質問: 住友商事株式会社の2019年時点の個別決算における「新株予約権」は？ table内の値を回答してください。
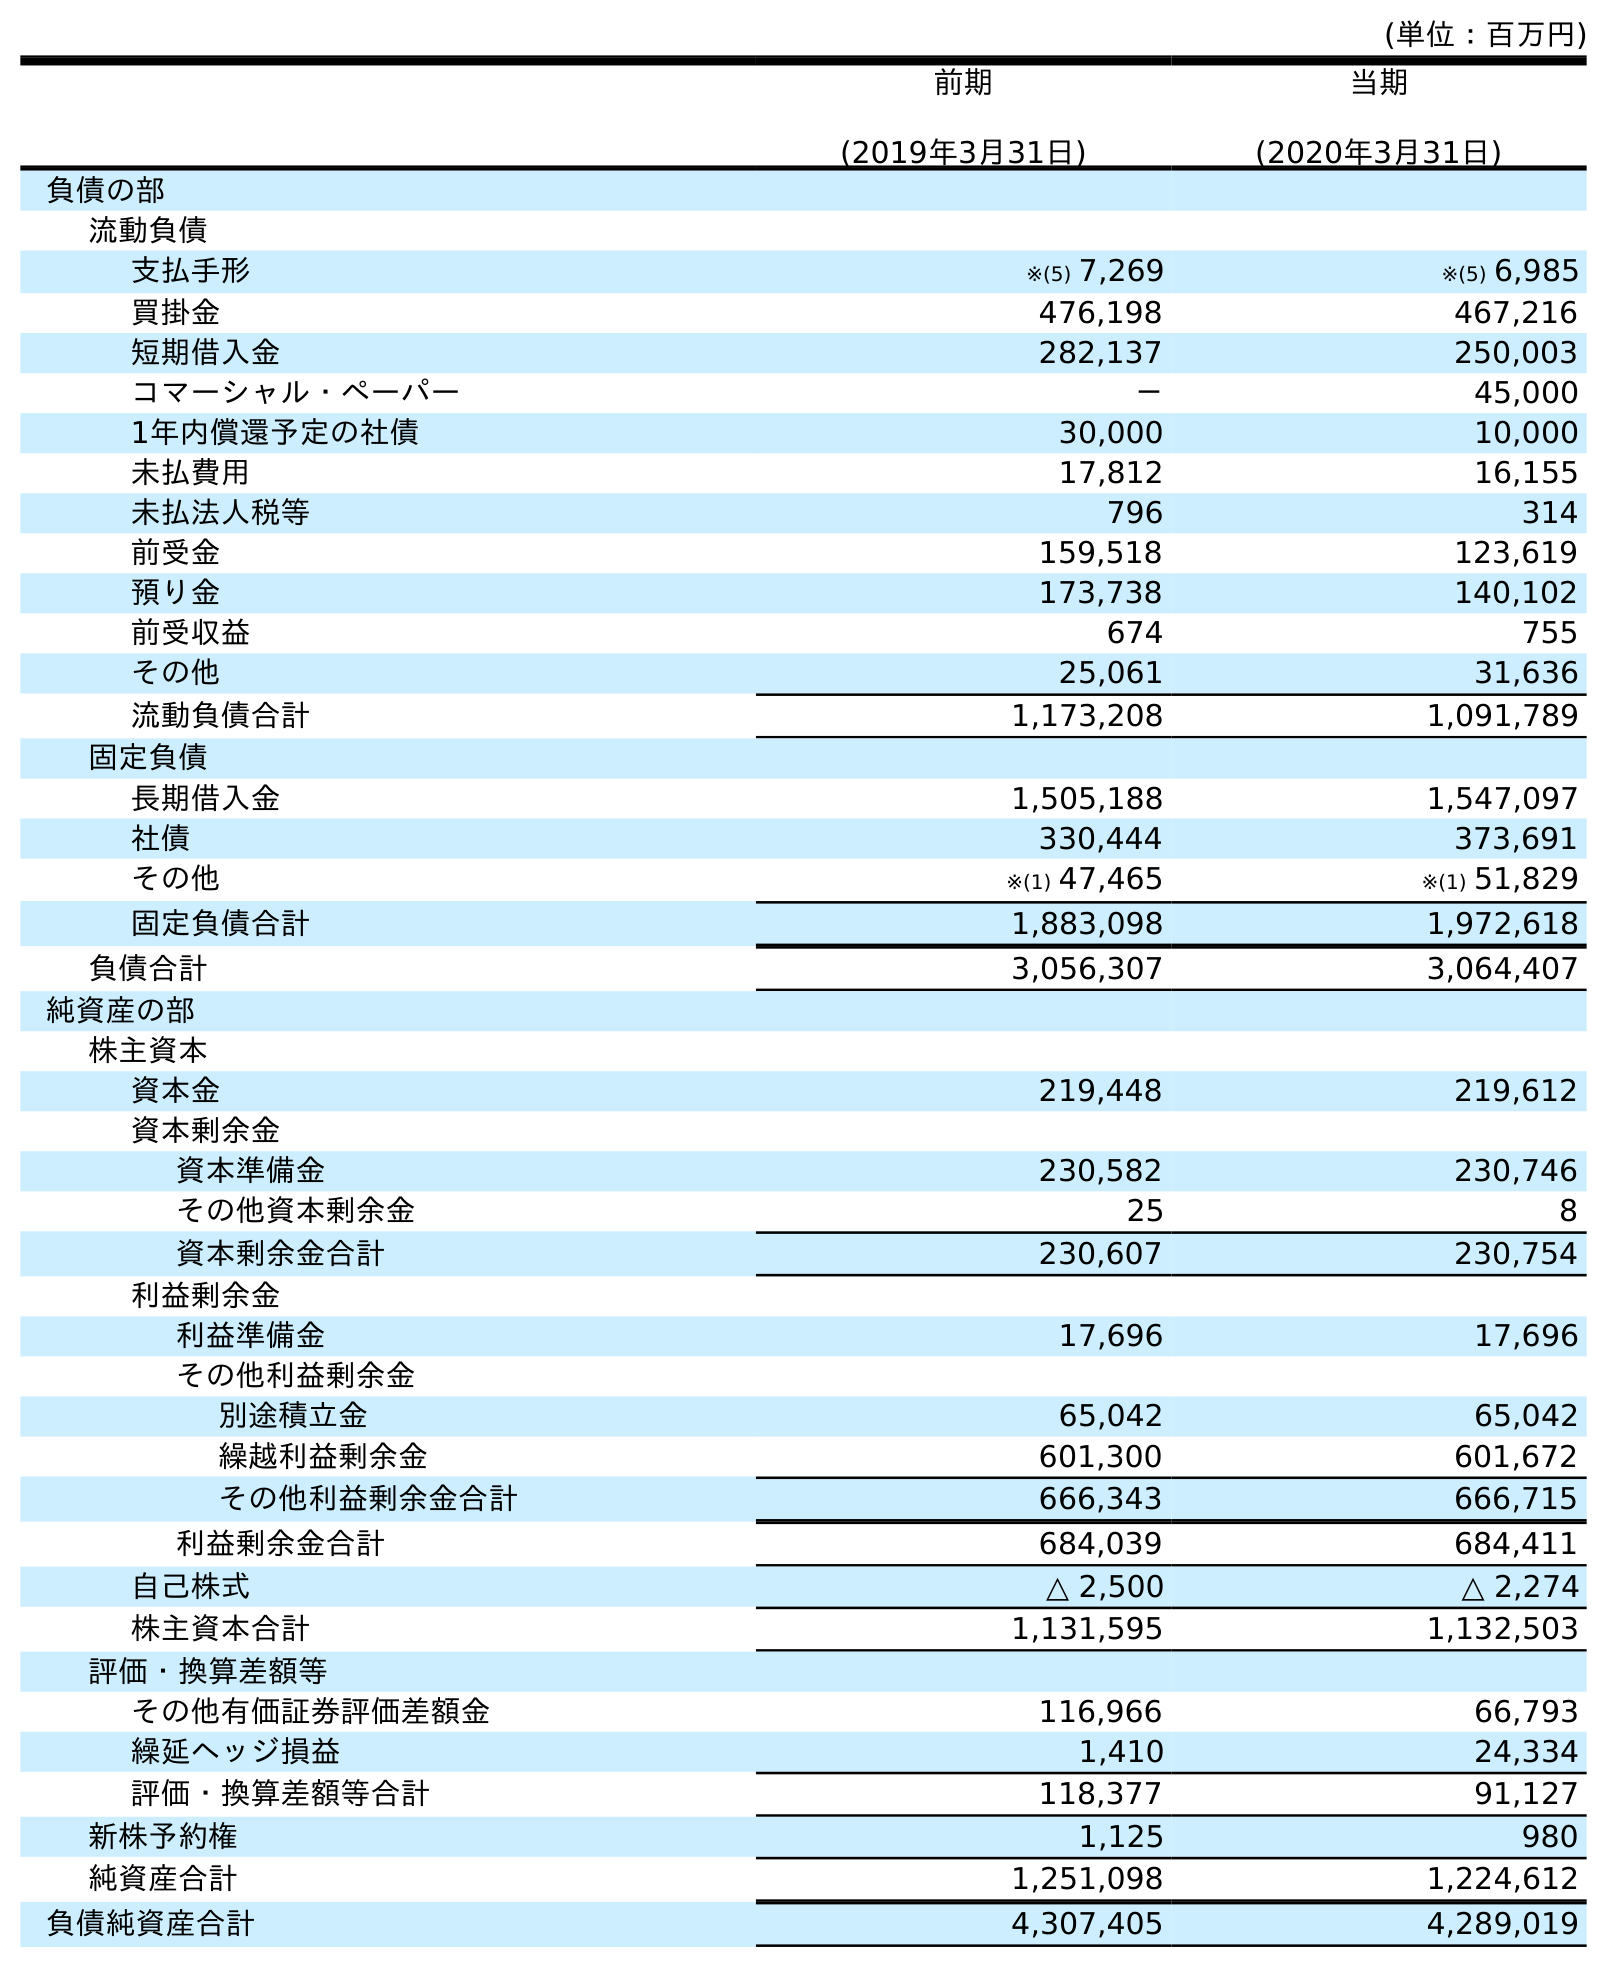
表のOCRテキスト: (単位：百万円) 前期 (2019年3月31日) 当期 (2020年3月31日) 負債の部 流動負債 支払手形 ※(5) 7,269 ※(5) 6,985 買掛金 476,198 467,216 短期借入金 282,137 250,003 コマーシャル・ペーパー － 45,000 1年内償還予定の社債 30,000 10,000 未払費用 17,812 16,155 未払法人税等 796 314 前受金 159,518 123,619 預り金 173,738 140,102 前受収益 674 755 その他 25,061 31,636 流動負債合計 1,173,208 1,091,789 固定負債 長期借入金 1,505,188 1,547,097 社債 330,444 373,691 その他 ※(1) 47,465 ※(1) 51,829 固定負債合計 1,883,098 1,972,618 負債合計 3,056,307 3,064,407 純資産の部 株主資本 資本金 219,448 219,612 資本剰余金 資本準備金 230,582 230,746 その他資本剰余金 25 8 資本剰余金合計 230,607 230,754 利益剰余金 利益準備金 17,696 17,696 その他利益剰余金 別途積立金 65,042 65,042 繰越利益剰余金 601,300 601,672 その他利益剰余金合計 666,343 666,715 利益剰余金合計 684,039 684,411 自己株式 △ 2,500 △ 2,274 株主資本合計 1,131,595 1,132,503 評価・換算差額等 その他有価証券評価差額金 116,966 66,793 繰延ヘッジ損益 1,410 24,334 評価・換算差額等合計 118,377 91,127 新株予約権 1,125 980 純資産合計 1,251,098 1,224,612 負債純資産合計 4,307,405 4,289,019
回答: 1,125